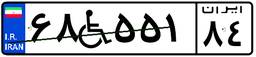
۶۸W۵۵۱۸۴